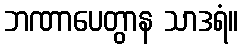
ဘဏာပေတွာန သာဒရံ။